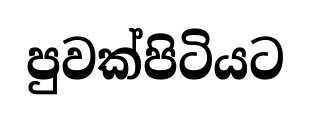
පුවක්පිටියට